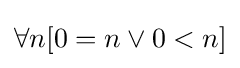
\forall n[0=n\lor 0<n]